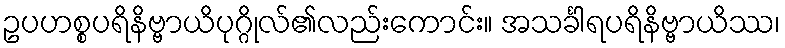
ဥပဟစ္စပရိနိဗ္ဗာယိပုဂ္ဂိုလ်၏လည်းကောင်း။ အသင်္ခါရပရိနိဗ္ဗာယိဿ၊